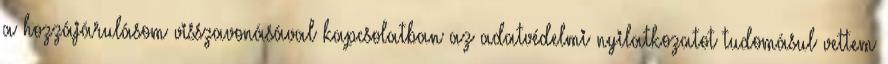
a hozzájárulásom visszavonásával kapcsolatban az adatvédelmi nyilatkozatot tudomásul vettem